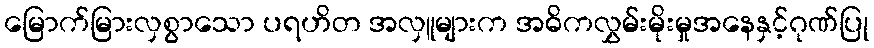
မြောက်မြားလှစွာသော ပရဟိတ အလှူများက အဓိကလွှမ်းမိုးမှုအနေနှင့်ဂုဏ်ပြု